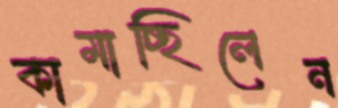
কামাচ্ছিলেন